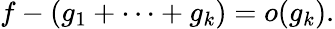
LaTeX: f-(g_{1}+\cdots+g_{k})=o(g_{k}).